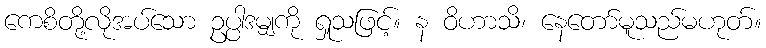
ကေစိတို့လိုအပ်သော ဥပ္ပါဒမျှကို ရှုသဖြင့်။ န ဝိဟာသိ၊ နေတော်မူသည်မဟုတ်။